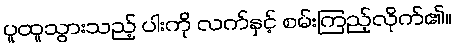
ပူထူသွားသည့် ပါးကို လက်နှင့် စမ်းကြည့်လိုက်၏။